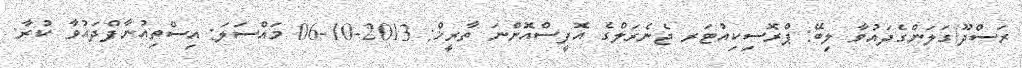
ރަސްދޫ/ގަލަންގެދައުވާ ލިބޭ: ޕްރޮސިކިއުޓަރ ޖެނެރަލްގެ އޮފީސްއޮންނަ ތާރީޚް: 2013-10-06 މައްސަލަ: އިސްތިއުނާފްދައުވާ ކުރާ: